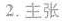
2.主张